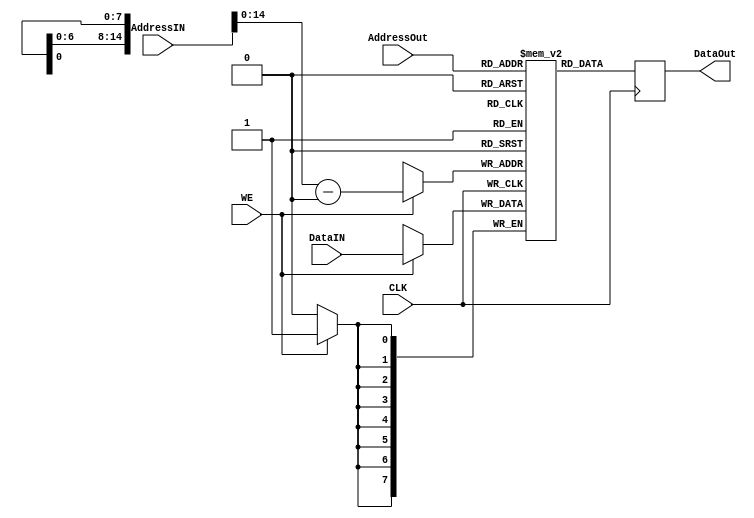
module RamChip (CLK, AddressIN, DataIN, AddressOut, DataOut, WE);

parameter AddressSize = 15;
parameter WordSize = 8;

input [AddressSize:0] AddressIN;
input [WordSize-1:0] DataIN;
input [AddressSize-1:0] AddressOut;
input WE;
output [WordSize-1:0] DataOut;
input CLK;

reg [WordSize-1:0] temp_data;
reg [WordSize-1:0] Mem [0:(1<<AddressSize)-1];

always @(posedge CLK) begin
	if(WE==1'b1)
		Mem[AddressIN-16'h8000]<= DataIN;
end

always @(posedge CLK) begin
		temp_data<=Mem[AddressOut];
end

assign DataOut = temp_data;
endmodule